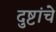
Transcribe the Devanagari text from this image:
दुष्टांचे